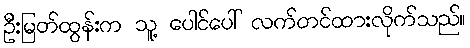
ဦးမြတ်ထွန်းက သူ့ ပေါင်ပေါ် လက်တင်ထားလိုက်သည်။